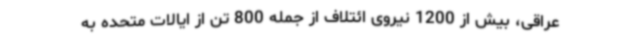
عراقی، بیش از 1200 نیروی ائتلاف از جمله 800 تن از ایالات متحده به